Vaccination in Bombay 1869-1873 - 1869-1873
Year: 1869
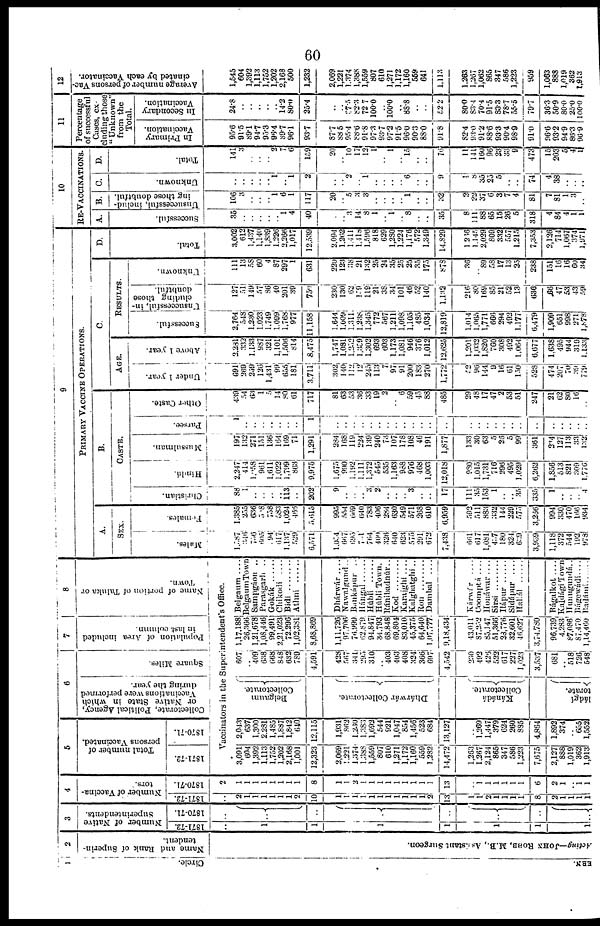
60
1
Circle.
EBN.
2
Name and Rank of Superin-
tendent.
Acting—JOHN ROBB, M.B., Assistant Surgeon.
3
Number of Native
Superintendents.
1871-72.
..
1
1
1
1
1
1
1
1870-71.
..
..
..
..
..
..
4
Number of Vaccina-
tors.
1871-72.
..
2
1
1
1
1
1
1
2
10
1
1
1
1
1
1
1
1
1
1
1
2
13
1
1
2
1
1
1
1
8
2
1
1
1
1
1870-71.
2
1
1
1
1
1
1
1
1
8
1
1
2
1
1
1
1
1
1
1
1
1
13
..
1
1
1
1
1
1
6
2
1
.. 1
1
5
Total number of
persons Vaccinated.
1871-72.
1870-71.
6
Collectorate, Political Agency,
or Native State in which
Vaccinations were performed
during the year.
Square Miles.
7
Population of Area included
in last column.
8
Name of portion of Taluka or
Town.
Vaccinators in the Superintendent's Office.
3,091
604
1,392
1,113
1,752
1,202
2,168
1,001
12,323
2,069
1,221
1,374
1,388
1,559
807
610
1,271
1,172
1,160
559
1,282
14,472
1,263
1,267
2,124
865
347
586
1,223
7,675
2,127
888
1,019
362
1,913
2,043
637
1,300
2,281
1,485
1,887
1,842
640
12,115
1,931
862
1,230
1,388
1,692
544
921
1,047
854
1,456
523
684
13,127
..
1,269
1,447
379
624
260
885
4,864
1,892
374
.. 655
1,552
Belgaum
Collectorate.
Dhárwár Collectorate.
Kánádá
Collectorate.
ládgí
torate.
607
.. 409
638
668
848
632
789
4,591
428
567
341
295
310
.. 403
403
408
324
366
697
4,542
230
492
426
522
617
227
1,023
3,537
681
.. 518
726
548
1,17,188
26,366
1,21,678
1,08,446
99,491
2,21,023
72,296
1,02,381
8,68,869
1,11,726
97,706
76,999
62,879
94,847
34,793
68,848
69,804
83,010
45,375
64,640
1,07,777
9,18,434
43,011
87,252
85,147
51,366
28,776
32,601
46,627
3,74,780
96,739
4,283
87,086
87,470
1,14,460
Belgaum....
BelgaumTown
Sampgáon ..
Parasgarh ..
Gokák
Chikodi ....
Bidi
Athní
Dhárwár ....
Nawalgund..
Bankápur..
Hángal
Húbli
Húbli Town.
Ránibadnúr..
Kod
Karajghi....
Kalghatghi ..
Ron
Dambal ....
Kárwír ....
Coomptá ....
Honáwar....
Sirsi
Hápur
Sidápur
.....
Haliál
Bágalkot....
KaldágiTown
Hunugundá..
Bágewádi....
Badámí
9
PRIMARY VACCINE OPERATIONS.
A.
SEX.
Males.
1, 287
346
746
605
94
617
1,137
529
6,571
1, 054
667
693
701
764
400
326
640
623
575
291
672
7,438
661
617
1,081
437
180
324
639
3,959
1,118
372
544
192
978
Females.
1,385
255
636
508
758
583
1,024
466
5,615
995
554
669
640
783
406
284
630
549
571
268
610
6,959
592
511
883
332
144
229
575
3,266
994
330
470
166
934
B.
CASTE.
Christian.
88
1
..
..
..
.. 113
..
202
9
..
..
.. 3
2
..
..
.. 3
..
..
17
111
35
153
1
..
..
35
335
l
..
.. ..
4
Hindu.
2,247
414
1,058
961
1,611
1,022
1,799
863
9,975
1,675
990
1,192
1,111
1,372
545
535
1,163
988
976
468
1,003
12,018
980
1,015
1,731
716
296
495
1,029
6,262
1,856
513
821
309
1,776
Mussulman.
197
132
271
151
136
164
169
71
1,291
284
168
119
224
139
240
73
107
178
108
46
191
1,877
133
30
63
5
26
5
99
361
234
127
113
33
132
Parsee.
1
..
..
.. ..
..
..
..
1
..
..
..
..
..
..
..
..
..
..
..
..
..
..
..
..
..
..
..
..
..
..
..
..
..
..
Other Caste.
439
54
63
1
5 14
80
61
717
81
63
53
36
33
19
2
.. 6
59
45
88
485
29
48
17
47
2
53
51
247
21
62
80
16
..
C.
AGE.
Under 1 year.
691
269
259
126
1,431
99
655
181
3,711
302
140
112
12
245
l13
7
97
91
200
183
270
1,772
52
96
144
9
16
61
150
528
474
207
70
39
779
Above 1 year.
2,281
332
1,133
987
321
1,101
1,506
814
8,475
1,747
1,081
1,252
1,359
1,302
693
603
1,173
1,081
946
376
1,012
12,625
1,201
1,032
1,820
760
308
492
1,064
6,677
1,638
495
944
319
1,133
RESULTS.
Successful.
2,764
548
1,230
1,023
1,749
1,099
1,768
977
11,158
1,644
1,009
1,311
1,238
1,345
772
567
1,211
1,098
1,105
485
1,034
12,819
1,014
1,065
1,771
666
294
492
1,177
6,479
1,909
651
998
271
1,878
Unsuccessful, in-
cluding those
doubtful.
127
51
149
57
86
40
201
39
759
230
130
62
159
119
21
38
34
101
46
52
140
1,132
216
80
169
85
21
52
13
636
66
47
53
43
59
Unknown.
111
13
58
60
4
87
297
1
631
220
123
38
21
132
35
34
35
25
25
35
175
878
36
.. 89
58
17
13
25
238
151
16
16
60
34
D.
Total.
3,002
612
1,437
1,140
1,839 1,226
2,266
1,017
12,539
2,094
1,262
1,411
1,418
1,596
818
629
1,280
1,224
1,176
572
1,349
14,829
1 266
1,145
2,029
809
332
557
1,215
7,353
2,126
714
1,067
374
1,971
10
RE-VACCINATIONS.
A.
Successful.
35
..
..
..
..
.. 1
4
40
.
.. 3
14
8
1
.. 1
.. 8
..
..
35
8
111
88
65
15
26
5
318
4
84
4
1
1
B.
Unsuccessful, includ-
ing those doubtful.
106
3
..
..
.. 1
6
1
117
20
.. 5
3
3
..
..
..
.. 1
..
..
32
3
22 37
6
3
7
4
81
7
81
1
3
..
C.
Unknown.
..
..
..
..
.. 1
.. 1
2
..
..
2
.. 1
..
..
..
.. 6
..
..
9
1
8
35
25
5
..
..
74
4
38
..
..
..
D.
Total.
141
3
..
..
..
2 7
6
159
20
.. 10
l7
12
1
.. 1
.. 15
..
..
76
11
141
160
98
23
33
9
473
15
203
5
4
1
11
Percentage
of successful
Cases, ex-
cluding those
"Unknown"
from the
Total.
In Primary
Vaccination.
95.6
91.5
89.1
94.7 95.3
86.4
89.7
96.1
93.7
87.7
88.5
95.4
88.6
91.8
97.3 93.7
97.3
91.5
96.0
90.3 88.0
91.8
82.4
93.0
91.2
88.6
93.3
90.4
98.9
91.0
96.6
93.2
94.9
86.3
96.3
In Secondary
Vaccination.
24.8
..
..
..
..
.. 14.2
80.0
25.4
..
..
37.5
82.3 72.7
100.0
.. l00.0
.. 88.8
..
..
52.2
80.0
88.4
70.4
91.5
83.3
78.7
55.5
79.7
36.3
50.9
80.0
25.0
100.0
12
Average number of persons Vac-
cinated by each Vaccinator.
1,545
604
1,392
1,113
1,752
1,202
2,168
500
1,232
2,069
1,221
1,374
1,388
1,559
807
610
1,271
1,172
1,160
559
641
1,113
1,263
1,267
1,062
865
347
586
1,223
959
1,063
888
1,019
362
1,913